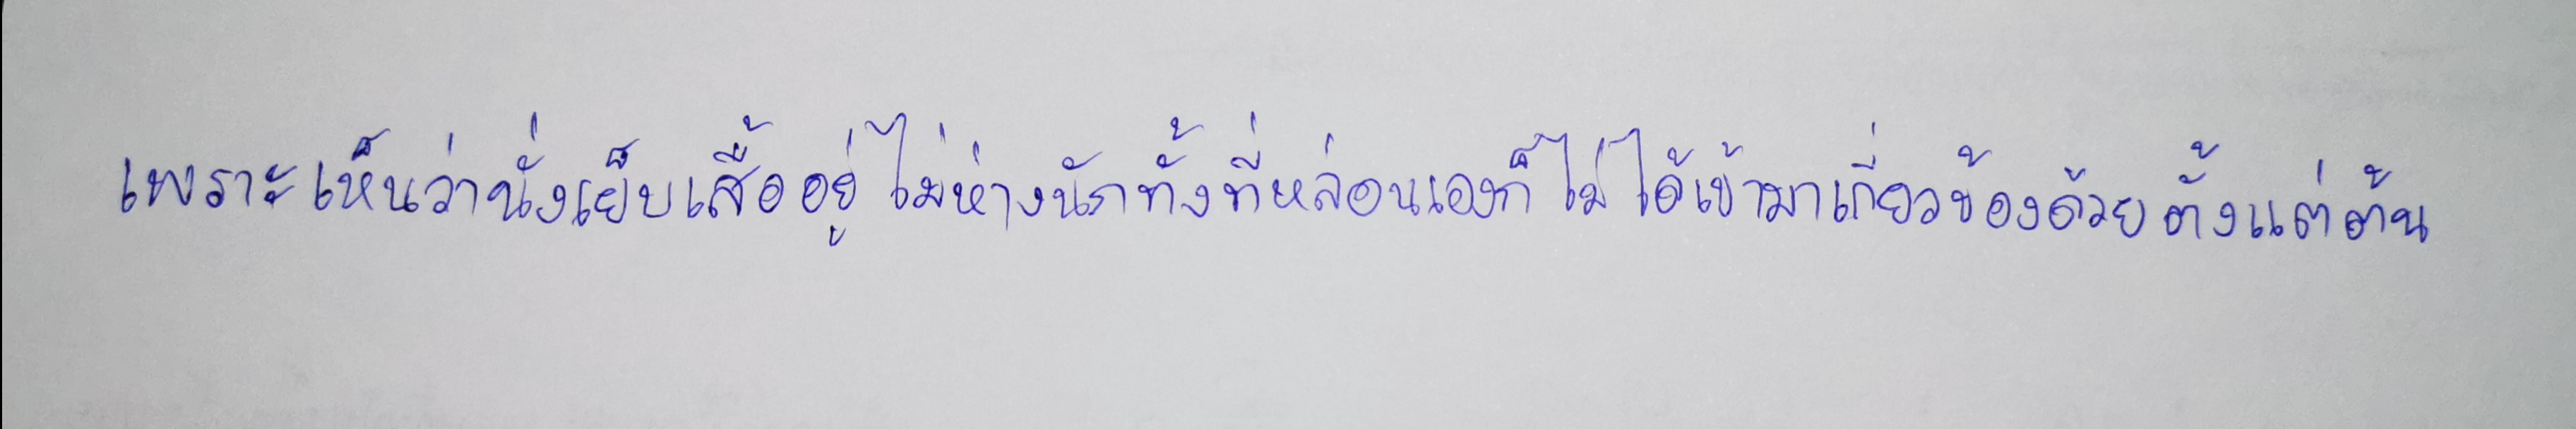
เพราะเห็นว่านั่งเย็บเสื้ออยู่ไม่ห่างนักทั้งที่หล่อนเองก็ไม่ได้เข้ามาเกี่ยวข้องด้วยตั้งแต่ต้น